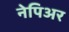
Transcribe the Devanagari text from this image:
नेपिअर